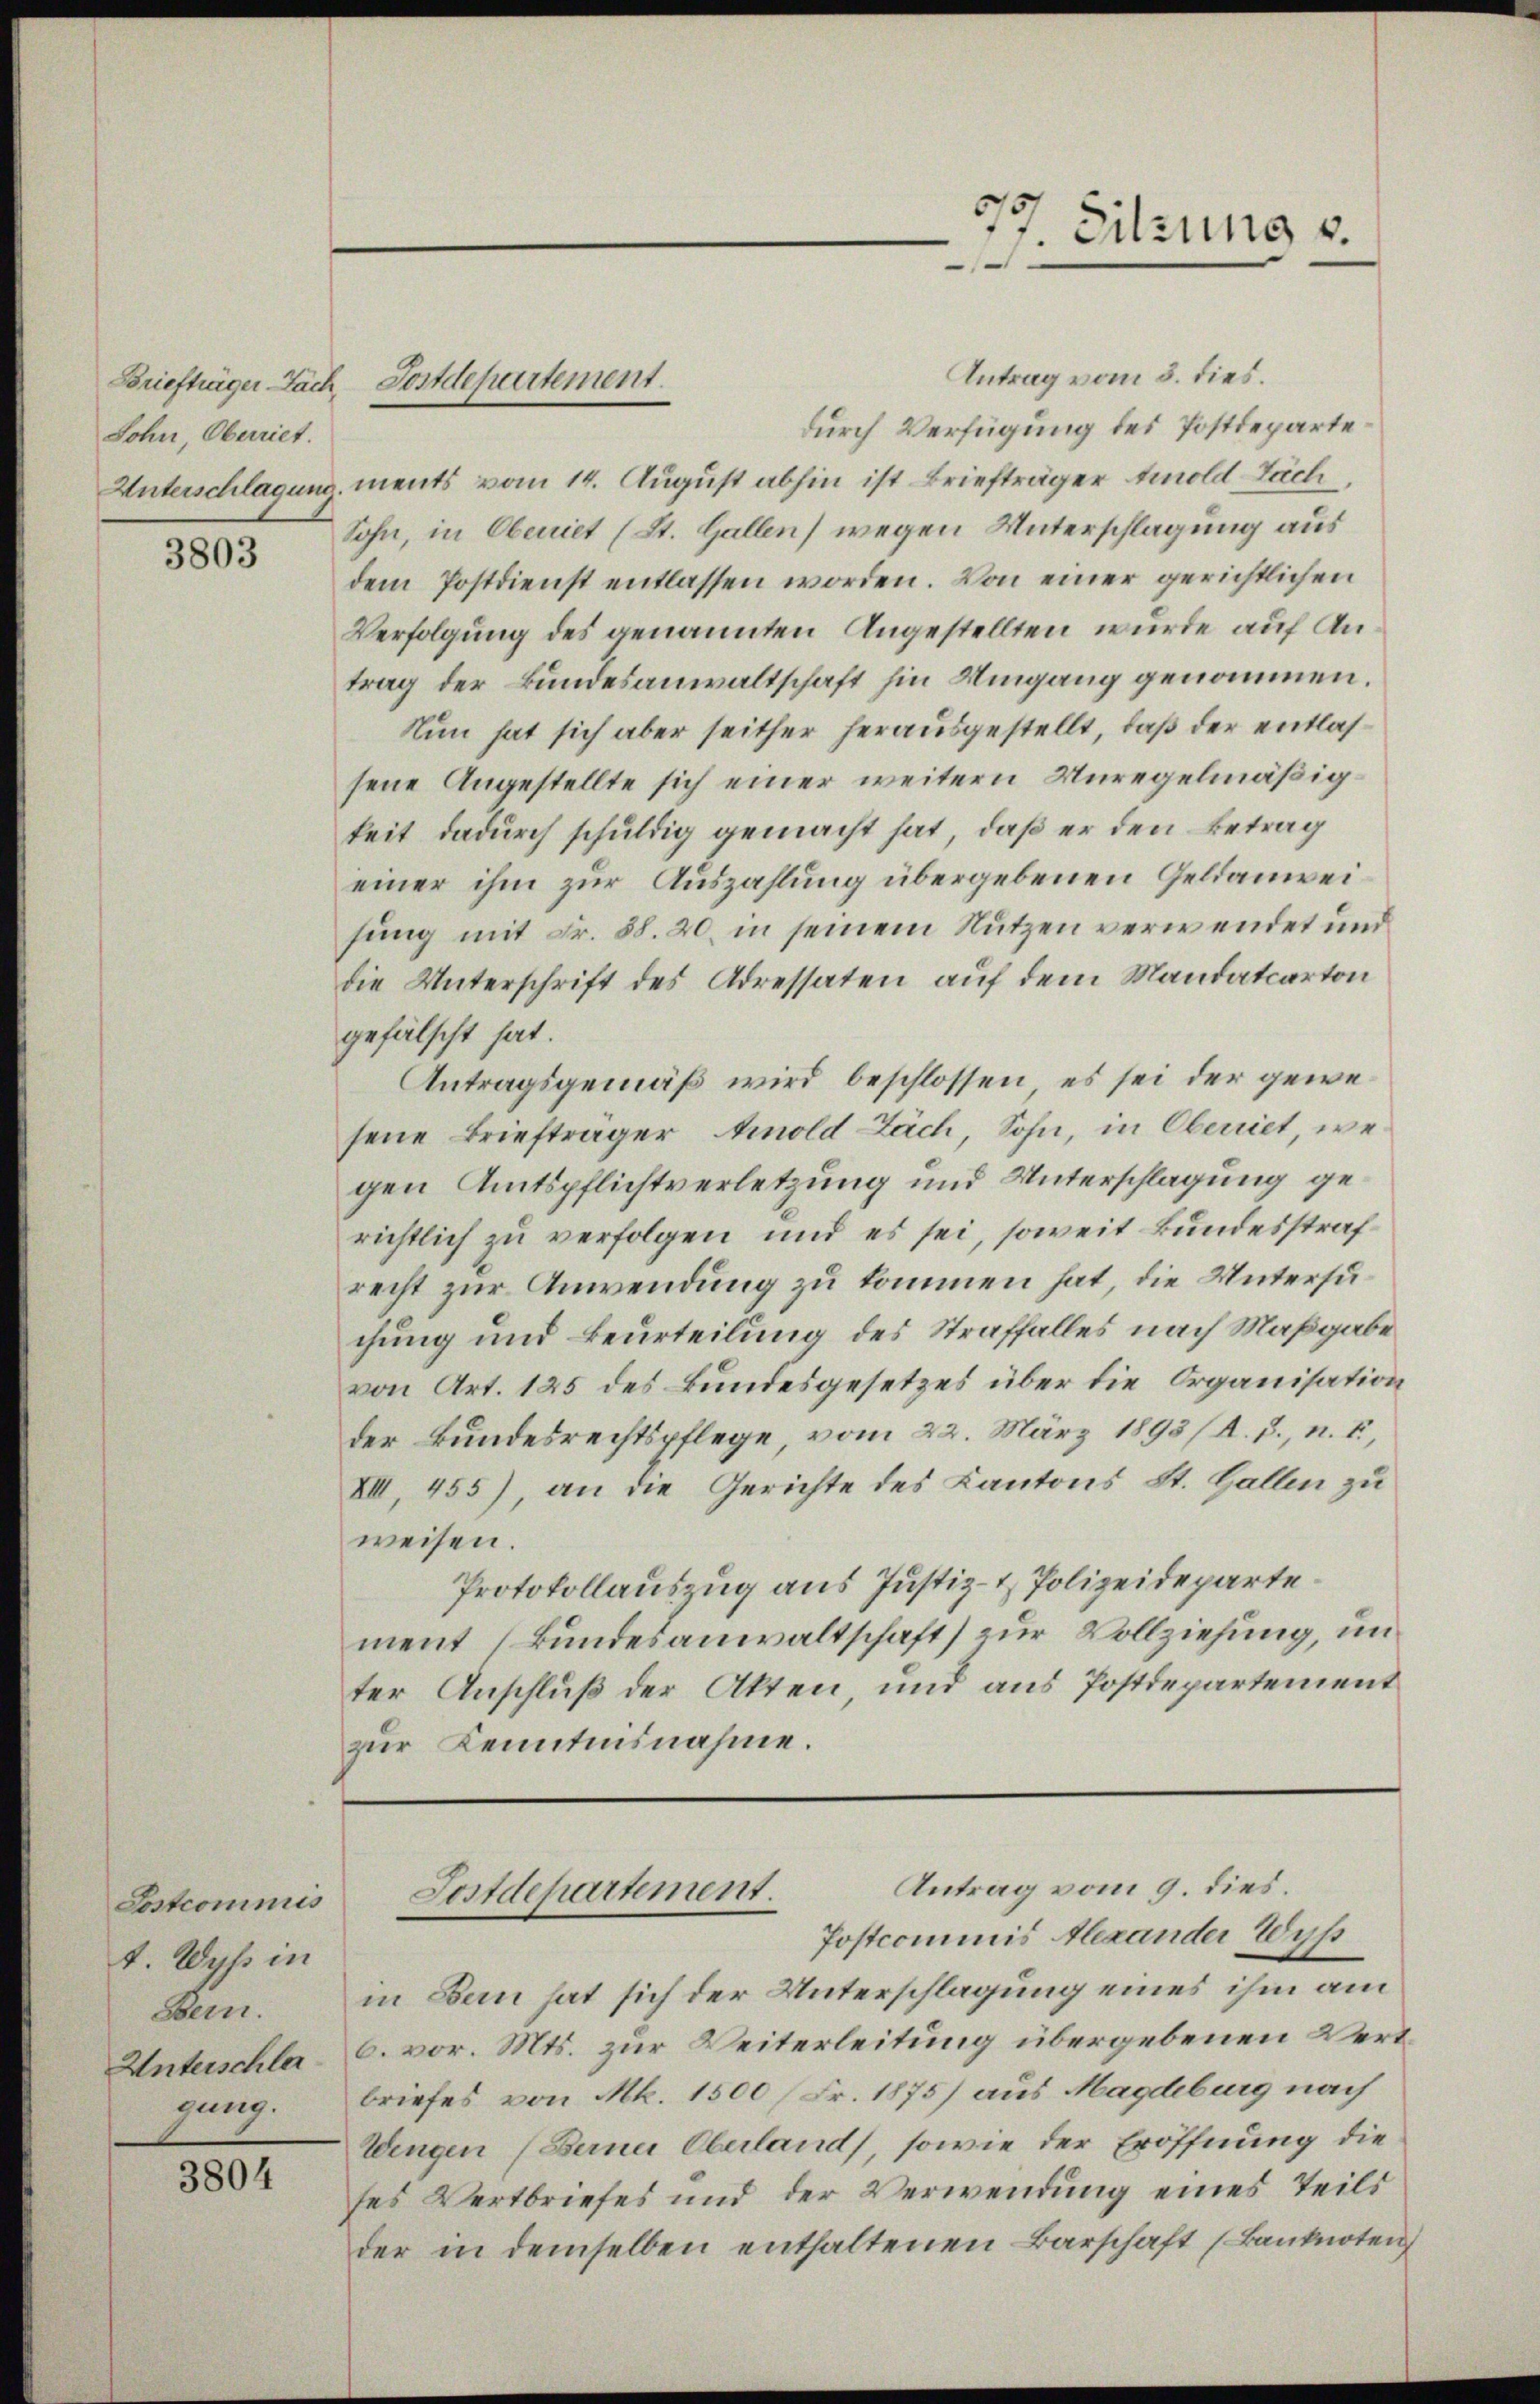
Briefträger- Sach
Sohn, Oberriet.

3803

Sostcommis
1. Wyss in
Bern.
Unterschla
gung.

3804

Antrag vom 3. dies.
durch Verfügung des Postdeparte
Unterschlagung, ments vom 14. August abhin ist Briefträger Emold Fäch
Sohn, in Oberriet (St. Gallen) wegen Unterschlagung aus
dem Postdienst entlassen worden. Von einer gerichtlichen
Verfolgung des genannten Angestellten wurde auf Antrag der Bundesanwaltschaft hin Umgang genommen.
Nun hat sich aber seither herausgestellt, daß der entlassene Angestellte sich einer weitern Unregelmäßigkeit dadurch schuldig gemacht hat, daß er den Betrag
einer ihm zur Auszahlung übergebenen Geldanweisung mit Fr. 88. 20. in seinem Nutzen verwendet und
die Unterschrift des Adressaten auf dem Mandatarton
gefälscht hat.
Antragsgemäß wird beschlossen, es sei der gewesene Briefträger Amold Zäch, Sohn, in Oberriet, wegen Amtspflichtverletzung und Unterschlagung gerichtlich zu verfolgen und es sei, soweit Bundesstrafrecht zur Anwendung zu kommen hat, die Untersuchung und Beurteilung des Straffalles nach Maßgabe
von Art. 125 des Bundesgesetzes über die Organisation
der Bundesrechtspflege, vom 22. März 1893/A. J., n. F.,
XIII, 455), an die Gerichte des Kantons St. Gallen zu
weisen.
Protokollauszug aus Justiz- & Polizeidepartement (Bundesanwaltschaft) zur Vollziehung, un
ter Anschluß der Akten, und aus Postdepartement
zur Kenntnisnahme.

Postdepartement.

3
Sitzung v.

Antrag vom 9. dies.
Postdepartement.
Postcommis Alexander Wyß

in Ban hat sich der Unterschlagung eines ihm am
6. vor. Mts. zur Weiterleitung übergebenen Vert
briefes von Mk. 1500 Fr. 1875) aus Magdeburg nach
Eingen (Berner Oberland, sowie der Eröffnung die
ses Wertbriefes und der Verwendung eines Teils
der in demselben enthaltenen Barschaft (Banknoten